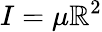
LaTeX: I=\mu\mathbb{R}^{2}